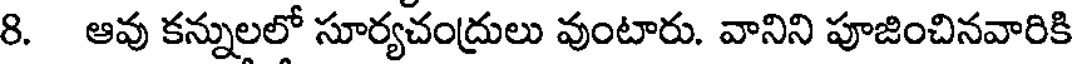
8. ఆవు కన్నులలో సూర్యచంద్రులు వుంటారు. వానిని పూజించినవారికి